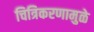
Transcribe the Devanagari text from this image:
चित्रिकरणामुळे